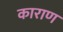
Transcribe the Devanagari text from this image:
काराण